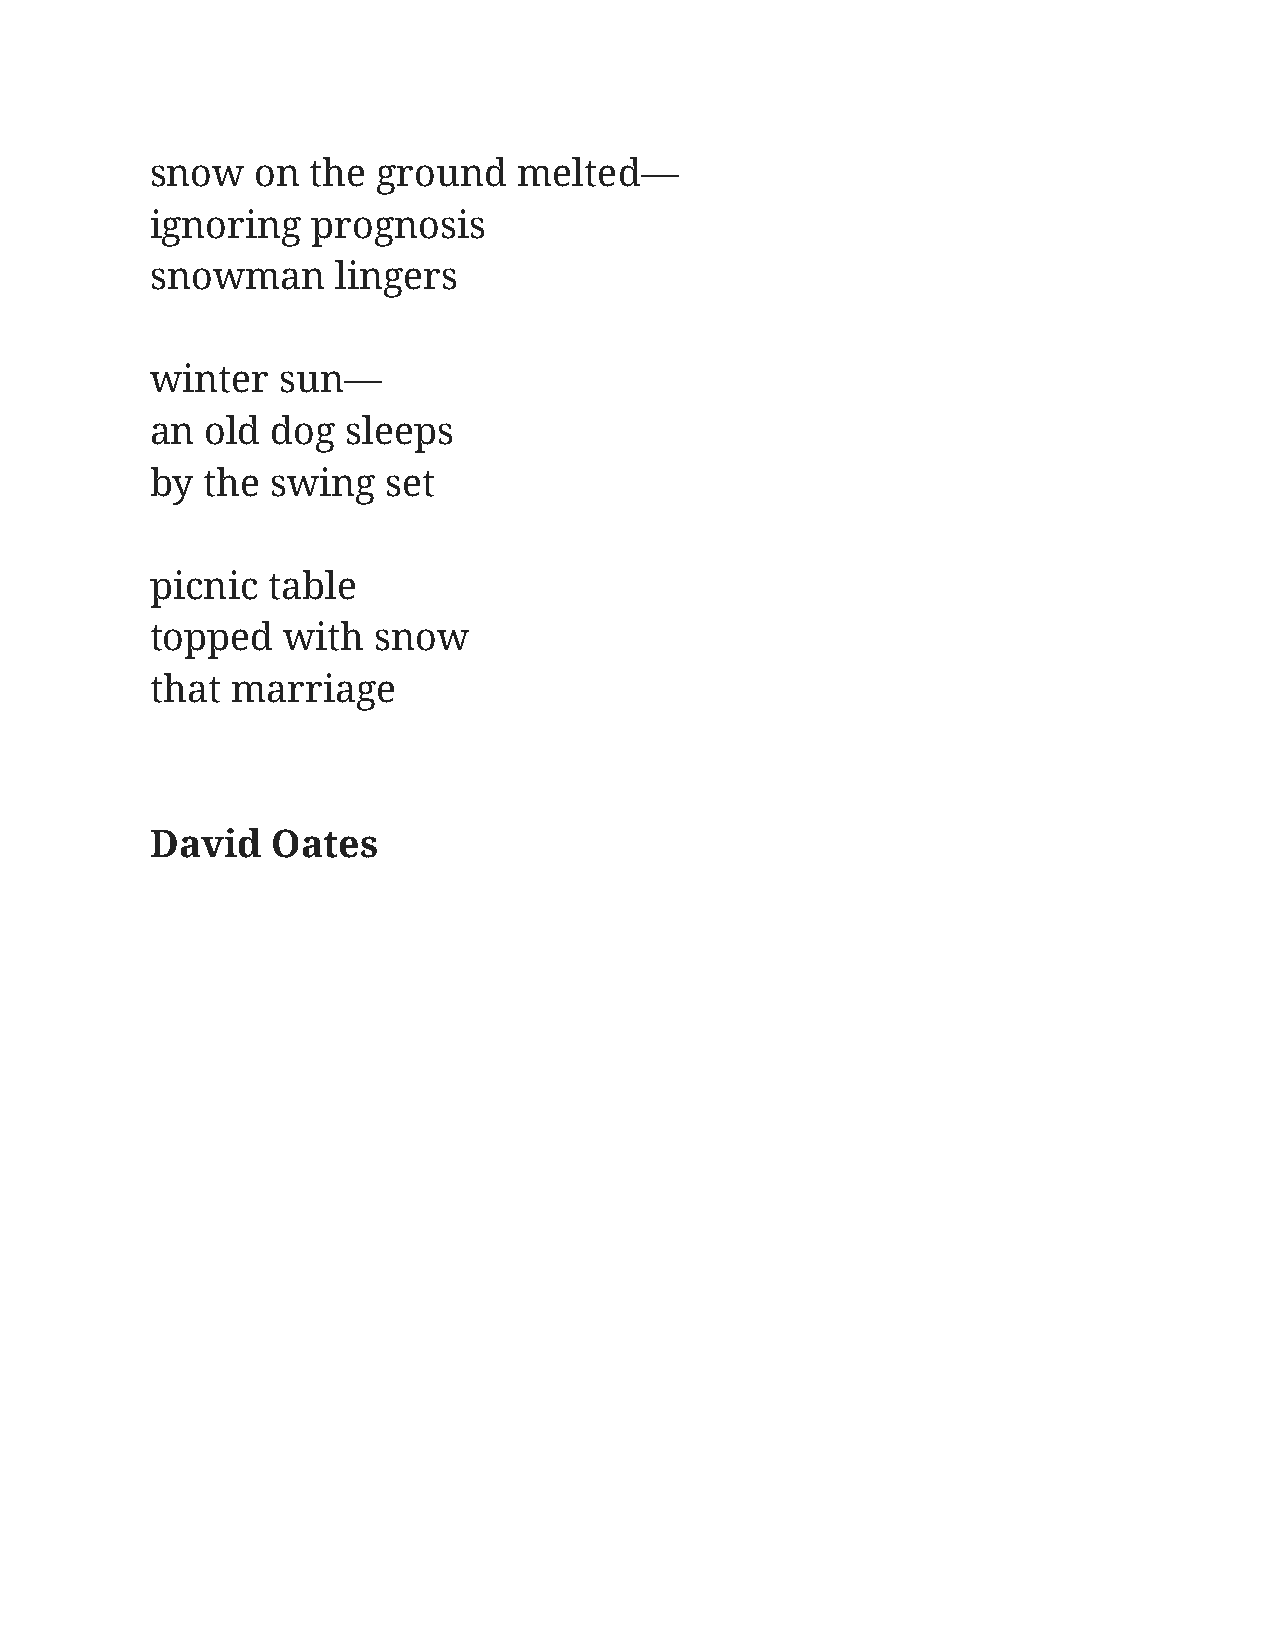
snow   on  the ground   melted—
 ignoring   prognosis
 snowman     lingers
 winter  sun—
 an  old dog  sleeps
 by the  swing   set
 picnic  table
 topped   with  snow
 that marriage
 David   Oates